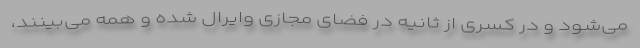
می‌شود و در کسری از ثانیه در فضای مجازی وایرال شده و همه می‌بینند،